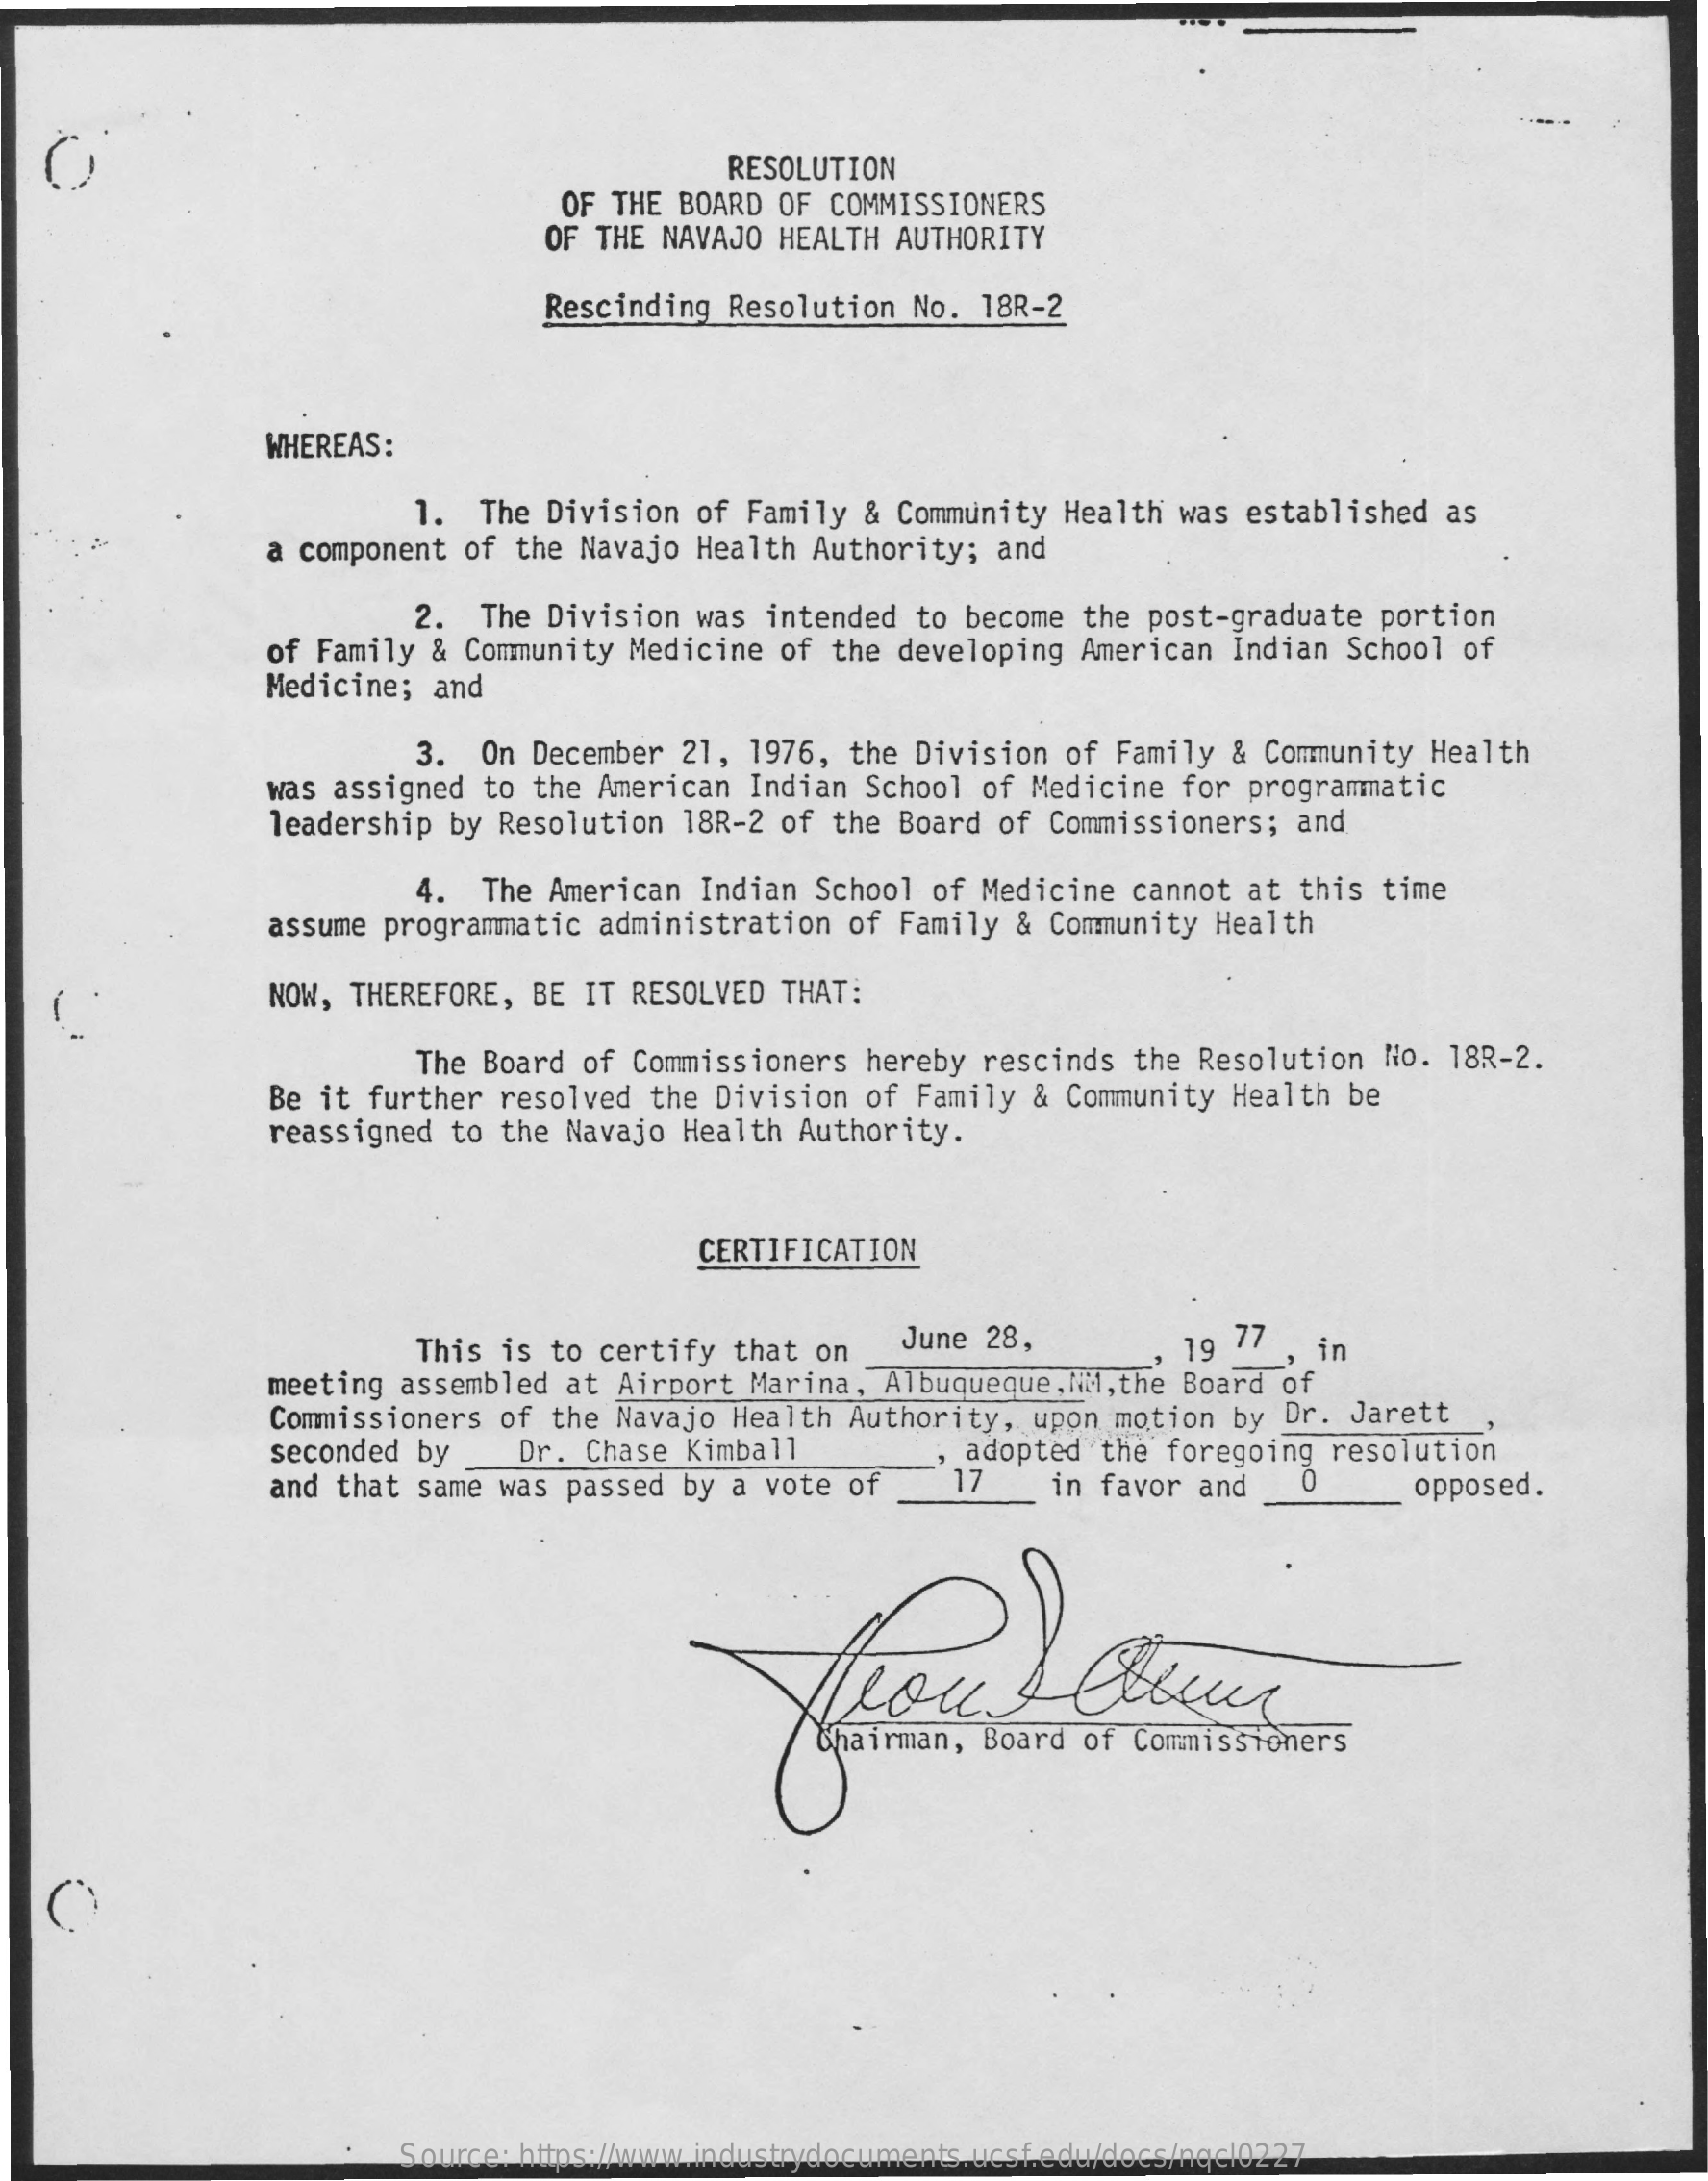
RESOLUTION
     OF THE BOARD OF COMMISSIONERS
     OF THE NAVAJO HEALTH AUTHORITY
     Rescinding Resolution No. 18R-2
     WHEREAS:
     1.  The Division of Family & Community Health was established as
     a component of the Navajo Health Authority; and
     2.  The Division was intended to become the post-graduate portion
     Medicine; and
     of Family & Community Medicine of the developing American Indian School of
     3. On December 21, 1976, the Division of Family & Community Health
     was assigned to the American Indian School of Medicine for programmatic
     leadership by Resolution 18R-2 of the Board of Commissioners; and
     4. The American Indian School of Medicine cannot at this time
     assume programmatic administration of Family & Community Health
     NOW, THEREFORE, BE IT RESOLVED THAT:
     The Board of Commissioners hereby rescinds the Resolution No. 18R-2.
     Be it further resolved the Division of Family & Community Health be
     reassigned to the Navajo Health Authority.
     CERTIFICATION
     This is to certify that on June 28,   , 19 77 , in
     meeting assembled at Airport Marina, Albuqueque, MM, the Board of
     Commissioners of the Navajo Health Authority, upon motion by Dr. Jarett
     seconded by_ Dr. Chase Kimball
     and that same was passed by a vote of
     , adopted the foregoing resolution
     17   in favor and    opposed.
     Chairman, Board of Commissioners
     Source: https://www.industrydocuments.ucsf.edu/docs/nqcl0227